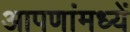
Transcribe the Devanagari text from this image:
आपणांमध्यें